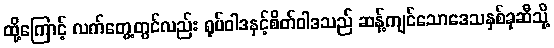
ထို့ကြောင့် လက်တွေ့တွင်လည်း ရုပ်ဝါဒနှင့်စိတ်ဝါဒသည် ဆန့်ကျင်သောဒေသနှစ်ခုဆီသို့